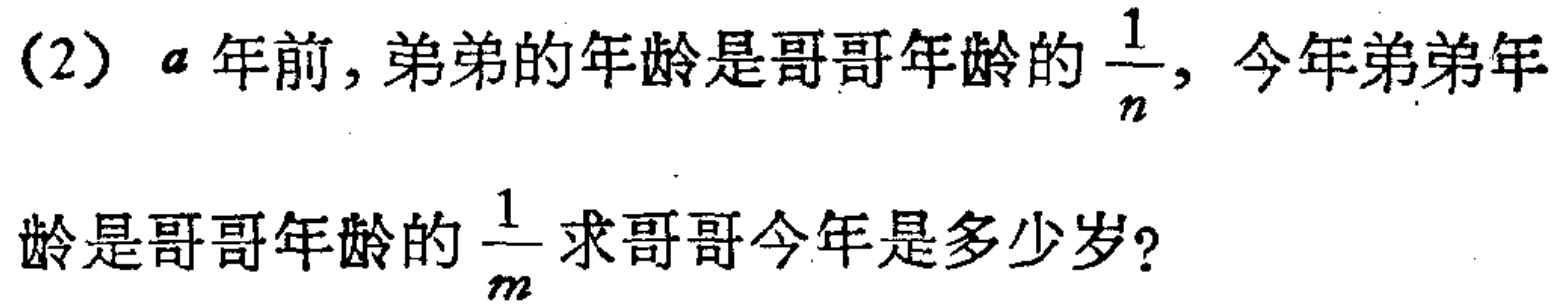
(2) \(a\) 年前，弟弟的年龄是哥哥年龄的 \(\frac{1}{n}\)，今年弟弟年龄是哥哥年龄的 \(\frac{1}{m}\)，求哥哥今年是多少岁？